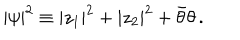
| \psi | ^ { 2 } \equiv | z _ { 1 } | ^ { 2 } + | z _ { 2 } | ^ { 2 } + \bar { \theta } \theta \, .